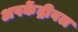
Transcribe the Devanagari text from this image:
अपकेंद्रीबल